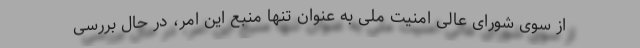
از سوی شورای عالی امنیت ملی به عنوان تنها منبع این امر، در حال بررسی